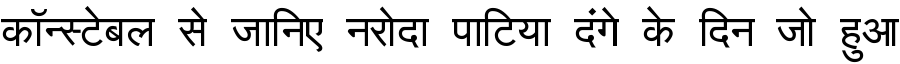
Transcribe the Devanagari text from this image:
कॉन्स्टेबल से जानिए नरोदा पाटिया दंगे के दिन जो हुआ